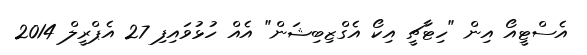
އެސްޓީއޯ އިން "ހިޓާޗީ އިކޯ އެގްޒިބިޝަން" އެއް ހުޅުވައިފި 27 އެޕްރީލް 2014